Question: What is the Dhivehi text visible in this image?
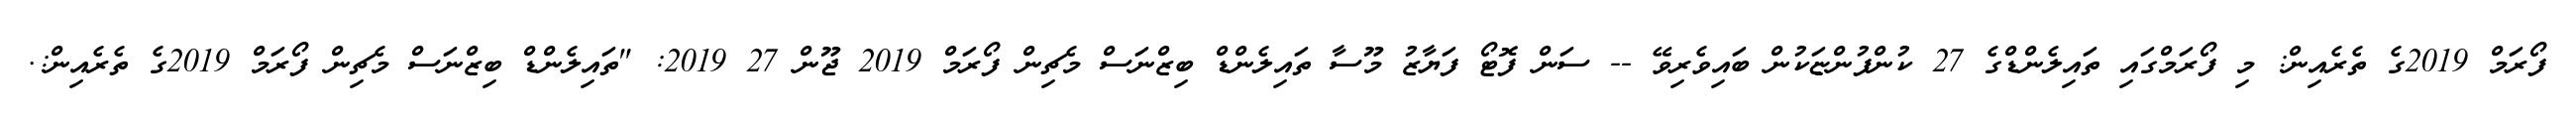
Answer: ފޯރަމް 2019ގެ ތެރެއިން: މި ފޯރަމްގައި ތައިލެންޑްގެ 27 ކުންފުންޏަކުން ބައިވެރިވޭ -- ސަން ފޮޓޯ ފަޔާޒު މޫސާ ތައިލެންޑް ބިޒްނަސް މެޗިން ފޯރަމް 2019 ޖޫން 27 2019: "ތައިލެންޑް ބިޒްނަސް މެޗިން ފޯރަމް 2019ގެ ތެރެއިން:.